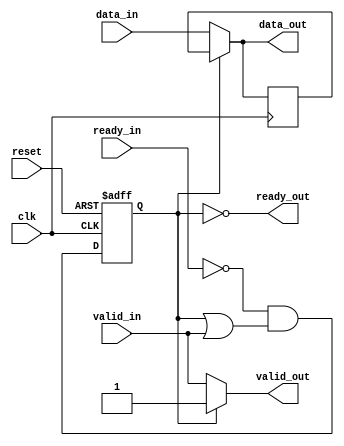
// *!***************************************************************************
// *! Copyright 2019 International Business Machines
// *!
// *! Licensed under the Apache License, Version 2.0 (the "License");
// *! you may not use this file except in compliance with the License.
// *! You may obtain a copy of the License at
// *! http://www.apache.org/licenses/LICENSE-2.0 
// *!
// *! The patent license granted to you in Section 3 of the License, as applied
// *! to the "Work," hereby includes implementations of the Work in physical form. 
// *!
// *! Unless required by applicable law or agreed to in writing, the reference design
// *! distributed under the License is distributed on an "AS IS" BASIS,
// *! WITHOUT WARRANTIES OR CONDITIONS OF ANY KIND, either express or implied.
// *! See the License for the specific language governing permissions and
// *! limitations under the License.
// *!***************************************************************************

`timescale 1ns/1ns

// pipeline stage to "burp" on backpressure for timing
module nvme_pl_burp
  #(
    parameter width = 128,
    parameter stage = 0   // if 1, add a pipeline state on input
  )
  (
   input              clk,
   input              reset,
   
   input              valid_in,
   input  [width-1:0] data_in,
   output             ready_out,

   output             valid_out,
   output [width-1:0] data_out,
   input              ready_in
   
);

   // pipeline with zero latency valid/ready
   // pipeline advances if valid & ready (data is taken)
   // output comes from burp register if its valid
   // otherwise output=input


   // pipeline stage registers
   reg                valid_q;
   reg    [width-1:0] data_q;


   // pipeline stall registers
   reg                s_valid_q;
   reg    [width-1:0] s_data_q;
   wire               s_ready;
   
   generate 
      if (stage==1)        
        begin
           // add pipeline stage on input
           always @(posedge clk or posedge reset) 
             if( reset )       
               valid_q <= 1'b0;   
             else
               valid_q <= valid_in | (~s_ready & valid_q);
           
           always @(posedge clk)
             if( s_ready | ~valid_q )
               data_q <= data_in;

           assign ready_out = s_ready | ~valid_q;
        end
      else
        begin
           always @*
             begin
                valid_q = valid_in;
                data_q  = data_in;                
             end
           assign ready_out = s_ready;
        end
   endgenerate
   
         
   always @(posedge clk or posedge reset) 
     if( reset )       
       s_valid_q <= 1'b0;   
     else	        
       s_valid_q <= ~ready_in & (s_valid_q | valid_q);                	

   always @(posedge clk)
     if( ~s_valid_q )
       s_data_q <= data_q;
              
   assign s_ready = ~s_valid_q;
   assign data_out  = (s_valid_q) ? s_data_q  : data_q;
   assign valid_out = (s_valid_q) ? s_valid_q : valid_q;

endmodule